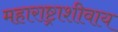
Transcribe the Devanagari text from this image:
महाराष्ट्राशीवाय